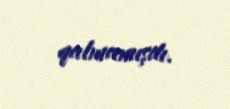
qalmamışdı.